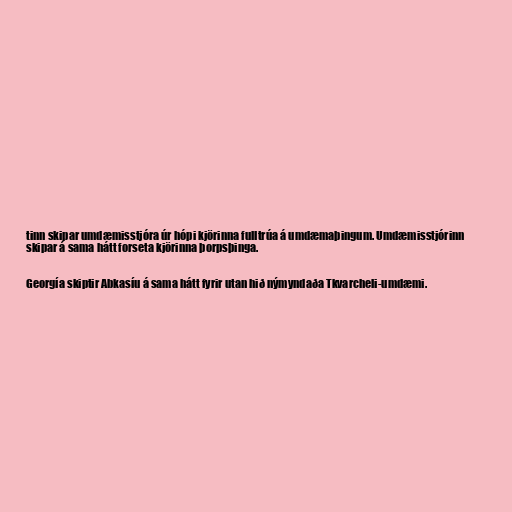
tinn skipar umdæmisstjóra úr hópi kjörinna fulltrúa á umdæmaþingum. Umdæmisstjórinn
skipar á sama hátt forseta kjörinna þorpsþinga.

Georgía skiptir Abkasíu á sama hátt fyrir utan hið nýmyndaða Tkvarcheli-umdæmi.